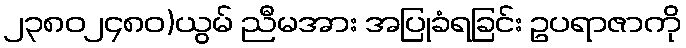
၂၃၈၀၂၄၈၀)ယွမ် ညီမအား အပြုခံရခြင်း ဥပရာဇာကို